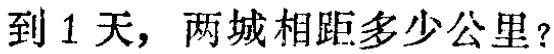
到 1 天，两城相距多少公里？